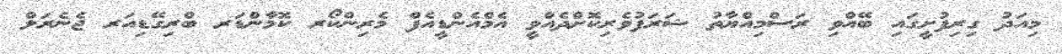
މިއަދު ގިރިފުށީގައި ބޭއްވި ރަސްމިއްޔާތު ޝަރަފުވެރިކޮށްދެއްވީ އެމްއެންޑީއެފް މެރިންކޯރ ކޮމާންޑަރ ބްރިގޭޑިއަރ ޖެނެރަލް